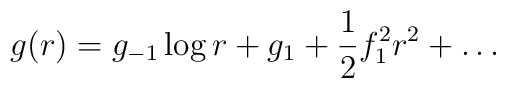
g(r)= g_{-1} \log r + g_1 + \frac{1}{2} f_1^2 r^2 + \ldots